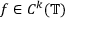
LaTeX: f \in C ^ { k } ( \mathbb { T } )